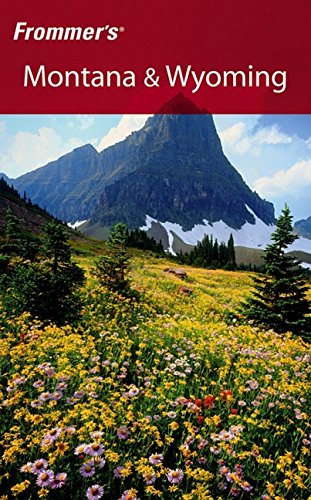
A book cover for Frommer's Montana & Wyoming (Frommer's Complete Guides); Eric Peterson; Travel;